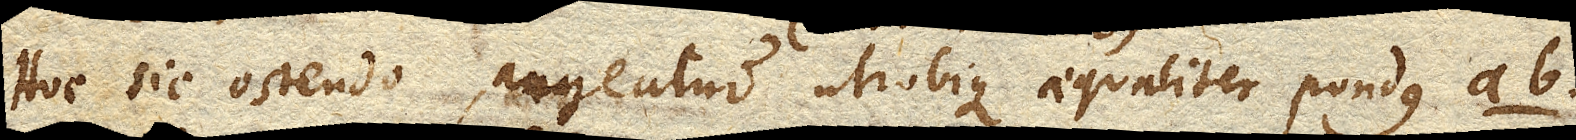
Hoc sic ostendo, augeatur utrobique aequaliter pondus ab.